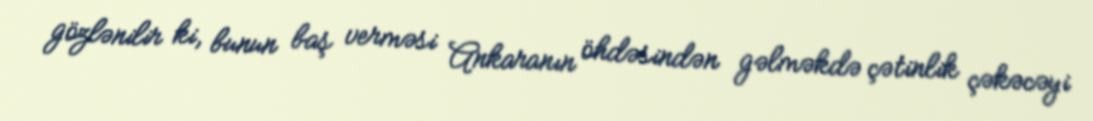
gözlənilir ki, bunun baş verməsi Ankaranın öhdəsindən gəlməkdə çətinlik çəkəcəyi